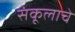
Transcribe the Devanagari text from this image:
संकूलाचे